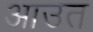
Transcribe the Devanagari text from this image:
आउत